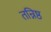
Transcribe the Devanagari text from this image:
तन्निष्ठ